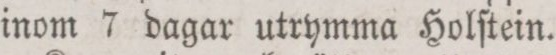
inom 7 dagar utrymma Holſtein.